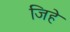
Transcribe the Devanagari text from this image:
जिहे